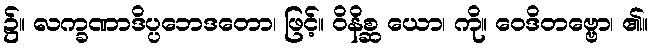
၌။ လက္ခဏာဒိပ္ပဘေဒတော၊ ဖြင့်။ ဝိနိစ္ဆ ယော၊ ကို။ ဝေဒိတဗ္ဗော၊ ၏။